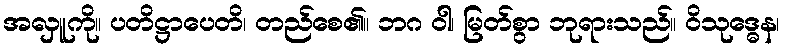
အလှူကို။ ပတိဋ္ဌာပေတိ၊ တည်စေ၏။ ဘဂ ဝါ၊ မြတ်စွာ ဘုရားသည်။ ဝိသုဒ္ဓေန၊